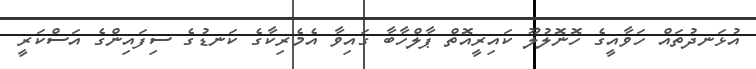
އުޅަނދުތައް ހަވާއީގެ ހޮނޮލުލޫ ކައިރީއޮތް ޕާލްހާބާ ގައިވާ އެމެރިކާގެ ކަނޑުގެ ސިފައިންގެ އަސްކަރީ